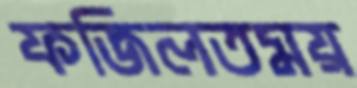
ফজিলতময়